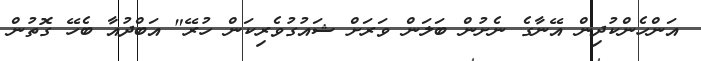
އަންހެންކުދިން އޭނާގެ ނެށުން ބަލަން ވަރަށް ޝައުގުވެރިކަން ހުރޭ" އަބްދުއާ ބެހޭ ގޮތުން